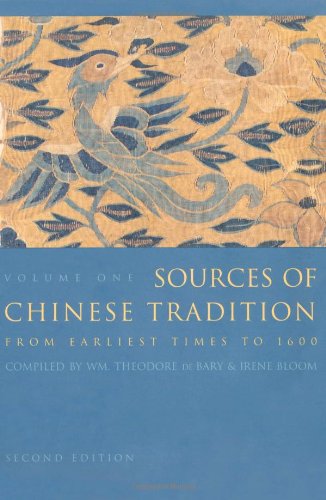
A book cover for Sources of Chinese Tradition, Vol. 1; William Theodore De Bary; History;